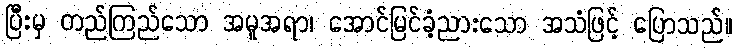
ပြီးမှ တည်ကြည်သော အမူအရာ၊ အောင်မြင်ခံ့ညားသော အသံဖြင့် ပြောသည်။